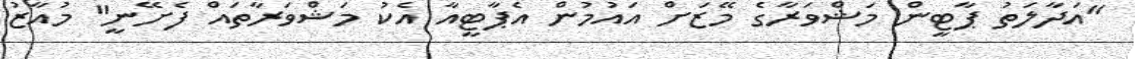
"އަދާލަތު ޕާޓީން މަޝްވަރާގެ މޭޒަށް އައުމުން އެޕާޓީއާ އެކު މަޝްވަރާތައް ފެށޭނީ" މުއާޒު